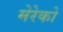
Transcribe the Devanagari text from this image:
मेरेको